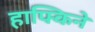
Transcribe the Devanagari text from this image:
हाफ्किने